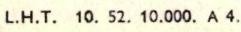
L.H.T. 10. 52. 10.000. A 4.